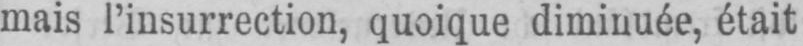
mais l’insurrection, quoique diminuée, était